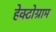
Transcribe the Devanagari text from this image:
हेक्टोग्राम